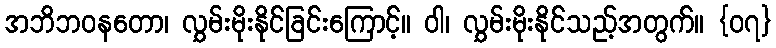
အဘိဘဝနတော၊ လွှမ်းမိုးနိုင်ခြင်းကြောင့်။ ဝါ၊ လွှမ်းမိုးနိုင်သည့်အတွက်။ {၀၇}